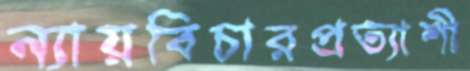
ন্যায়বিচারপ্রত্যাশী